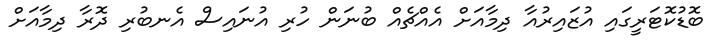
ބޮޑުކޮޓަރީގައި އުޒައިރުއާ ދިމާއަށް އެއްޗެއް ބުނަން ހުރި އުނައިސް އެނބުރި ދޮރާ ދިމާއަށް